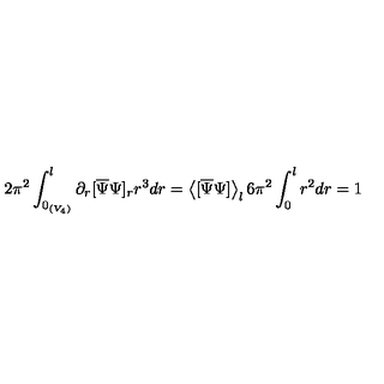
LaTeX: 2 \pi ^ { 2 } \int _ { 0 _ { ( V _ { 4 } ) } } ^ { l } \partial _ { r } [ \overline { { \Psi } } \Psi ] _ { r } r ^ { 3 } d r = \left< [ \overline { { \Psi } } \Psi ] \right> _ { l } 6 \pi ^ { 2 } \int _ { 0 } ^ { l } r ^ { 2 } d r = 1